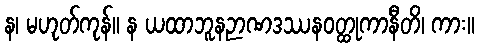
န၊ မဟုတ်ကုန်။ န ယထာဘူနဉာဏဒဿနဝတ္ထုကာနီတိ၊ ကား။